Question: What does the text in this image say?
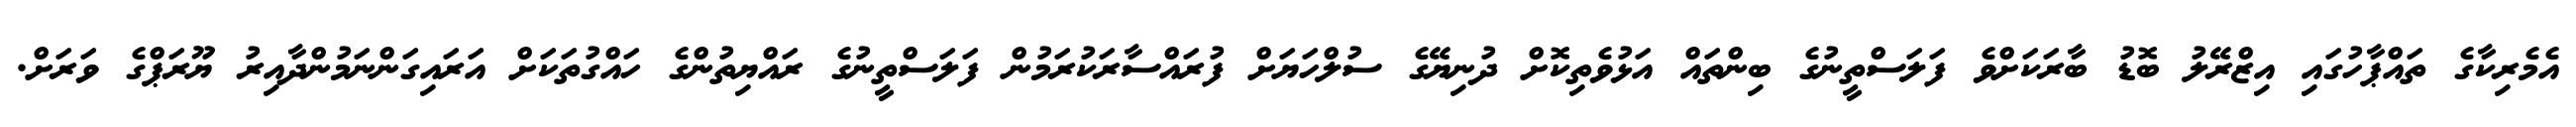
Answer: އެމެރިކާގެ ތައްޕާހުގައި އިޒްރޭލު ބޮޑު ބާރަކަށްވެ ފަލަސްތީނުގެ ބިންތައް އަޅުވެތިކޮށް ދުނިޔޭގެ ސުލްހަޔަށް ފުރައްސާރަކުރަމުން ފަލަސްތީނުގެ ރައްޔިތުންގެ ހައްގުތަކަށް އަރައިގަންނަމުންދާއިރު ޔޫރަޕްގެ ވަރަށް.